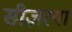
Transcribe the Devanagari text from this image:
सीज़रया